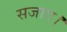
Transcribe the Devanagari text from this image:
सजाए।